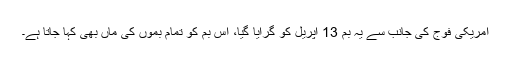
امریکی فوج کی جانب سے یہ بم 13 اپریل کو گرایا گیا، اس بم کو تمام بموں کی ماں بھی کہا جاتا ہے۔